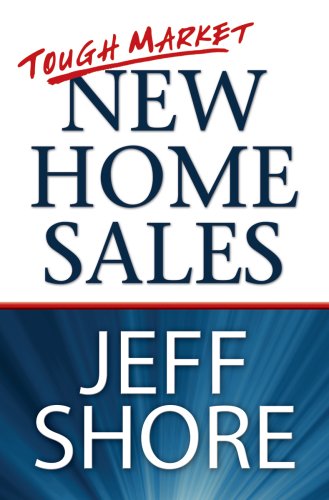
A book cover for Tough Market New Home Sales; Jeff Shore; Business & Money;